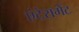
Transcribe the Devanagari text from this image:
एंटेरामेंट